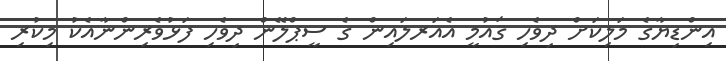
އިންޑިޔާގެ މަލިކަށް ދިވެހި ޤައުމީ އެއަރލައިން ގެ ސީޕްލޭން ދިވެހި ފަޅުވެރިންނާއެކު މިކުރި